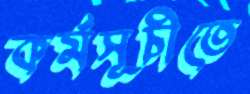
কর্মসূচীতে